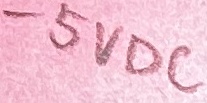
Text: -5VDC